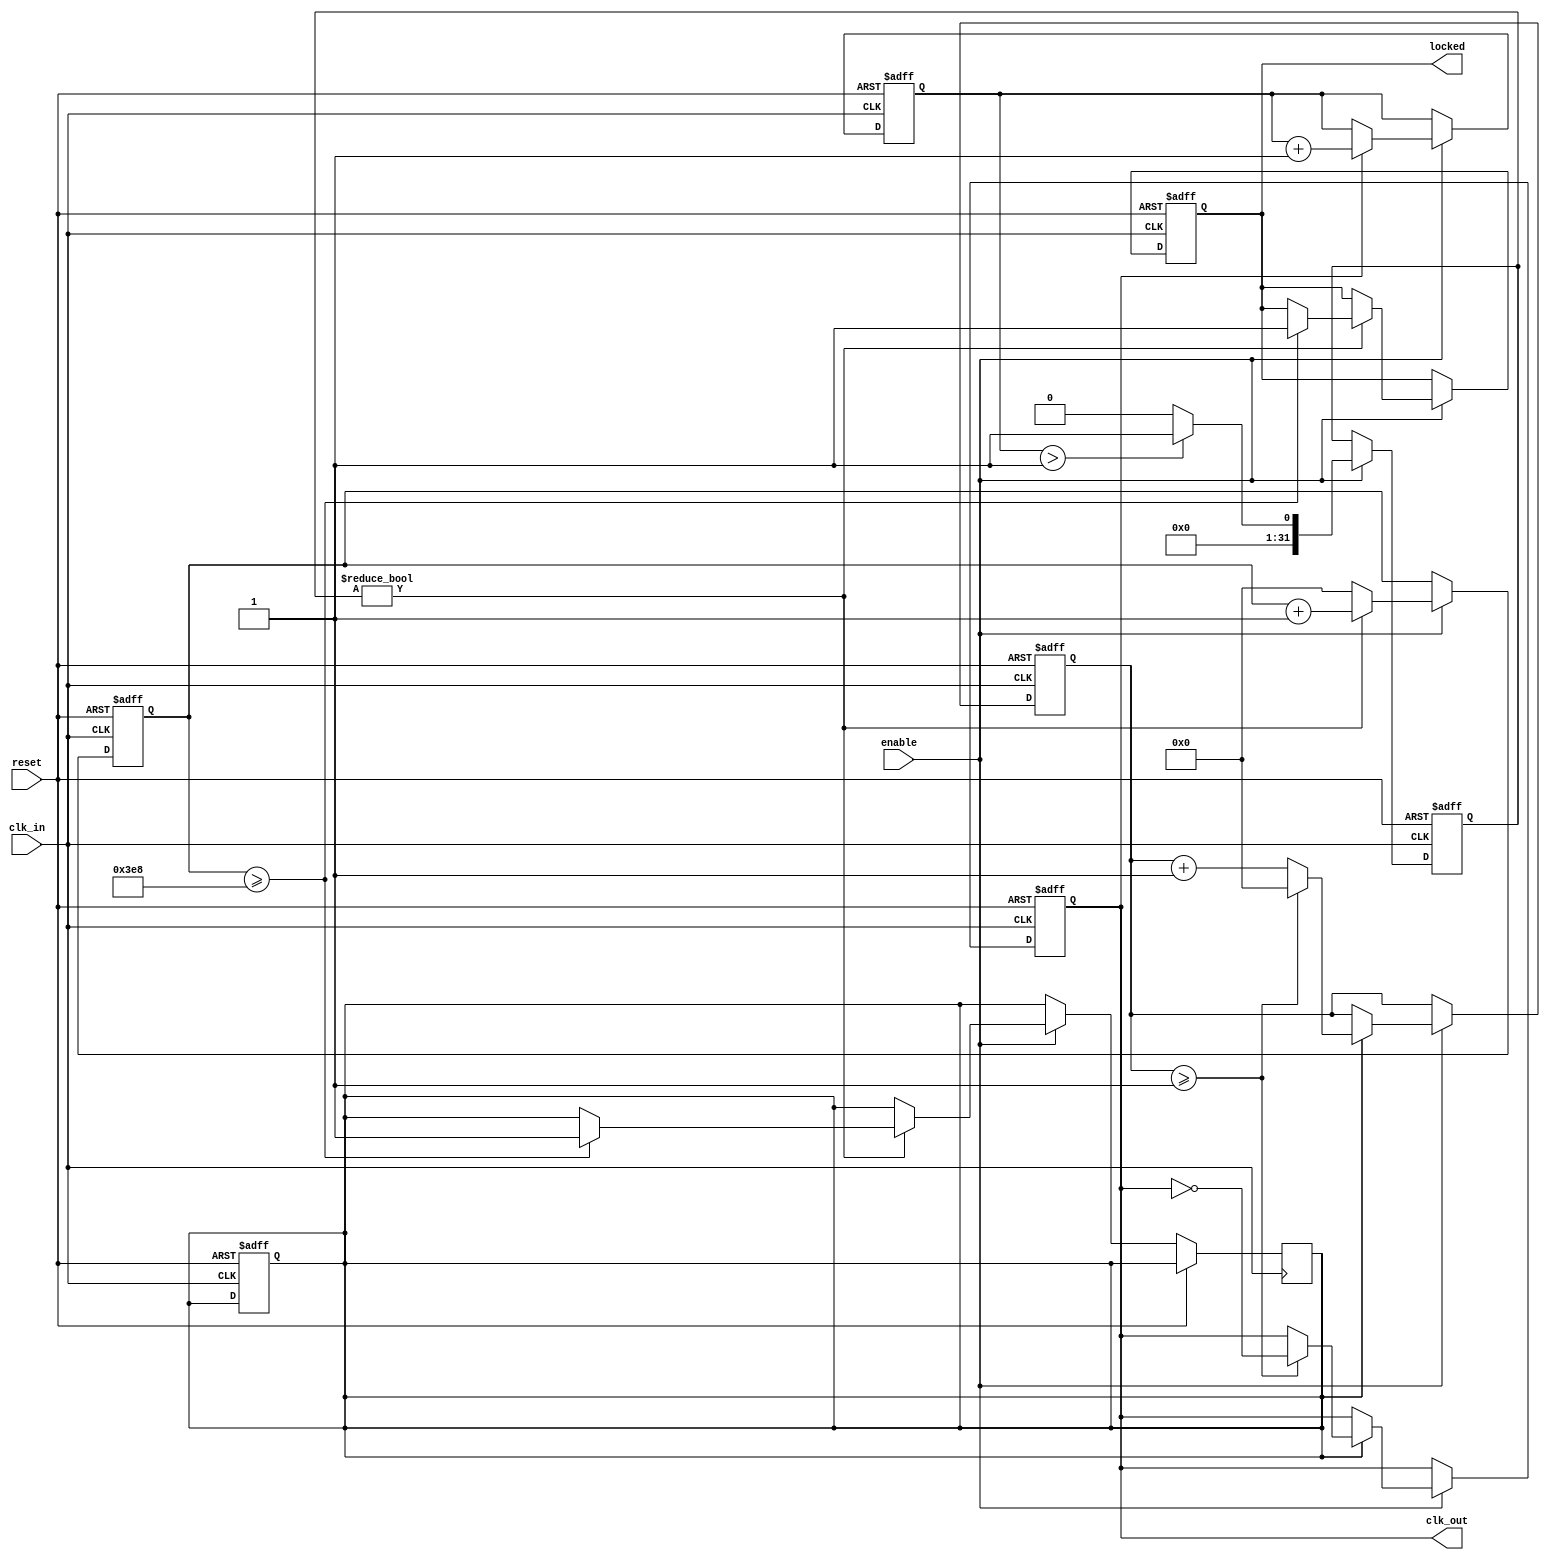
module parameterized_PLL #(
    parameter INPUT_FREQ = 100,         // Frequency of input clock in MHz
    parameter OUTPUT_FREQ = 50,         // Desired output clock frequency in MHz
    parameter PHASE_OFFSET = 0,          // Phase offset in degrees
    parameter LOCK_TIME = 1000,          // Lock time in ns
    parameter NUM_STAGES = 4              // Number of stages in feedback loop
)(
    input wire clk_in,                   // Input clock signal
    input wire reset,                    // Asynchronous reset
    input wire enable,                   // Enable signal for PLL operation
    output reg clk_out,                  // Output clock signal
    output reg locked                    // Status signal indicating lock status
);

    // Internal signals
    reg [31:0] phase_accumulator;        // Phase accumulator
    reg [31:0] frequency_divider;        // Frequency divider counter
    reg [31:0] vco_counter;              // VCO output counter
    reg [31:0] lock_time_counter;        // Lock time counter
    reg [31:0] error_signal;             // Error signal from phase detector
    reg vco_enabled;                     // VCO enabled flag

    // Frequency division factor for output clock
    localparam DIV_FACTOR = INPUT_FREQ / OUTPUT_FREQ;

    // Clock generation for VCO
    always @(posedge clk_in or posedge reset) begin
        if (reset) begin
            vco_counter <= 0;
            vco_enabled <= 0;
            clk_out <= 0;
        end else if (enable) begin
            if (vco_enabled) begin
                vco_counter <= vco_counter + 1;
                if (vco_counter >= (DIV_FACTOR / 2)) begin
                    clk_out <= ~clk_out;  // Toggle output clock
                    vco_counter <= 0;      // Reset VCO counter
                end
            end
        end
    end

    // Phase detector and loop filter
    always @(posedge clk_in or posedge reset) begin
        if (reset) begin
            phase_accumulator <= 0;
            error_signal <= 0;
            lock_time_counter <= 0;
            locked <= 0;
        end else if (enable) begin
            // Simulating phase detection (basic concept)
            if (clk_out) begin
                phase_accumulator <= phase_accumulator + 1;
            end
            
            // Simple error signal generation based on phase difference
            error_signal <= (phase_accumulator > (DIV_FACTOR / 2)) ? 1 : 0;

            // Loop filter (simple integrative filter for control voltage)
            if (error_signal) begin
                lock_time_counter <= lock_time_counter + 1;
                if (lock_time_counter >= LOCK_TIME) begin
                    vco_enabled <= 1;  // Enable VCO after lock time
                    locked <= 1;       // Set locked signal
                end
            end else begin
                lock_time_counter <= 0; // Reset lock time counter on error
            end
        end
    end

endmodule